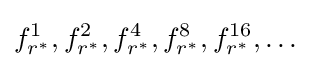
f_{r^{*}}^{1},f_{r^{*}}^{2},f_{r^{*}}^{4},f_{r^{*}}^{8},f_{r^{*}}^{16},\dots